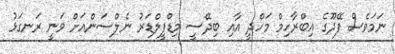
ނަމަވެސް ފޭދޫގެ އިބްރާހިމް މަހްދީ އާއި ބިދޭސީ މިޑްފީލްޑަރު ނެލްސަންއަށް ވަނީ ރަނގަޅު